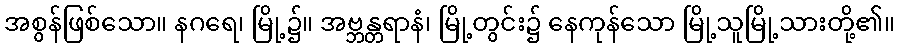
အစွန်ဖြစ်သော။ နဂရေ၊ မြို့၌။ အဗ္ဘန္တရာနံ၊ မြို့တွင်း၌ နေကုန်သော မြို့သူမြို့သားတို့၏။